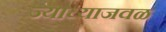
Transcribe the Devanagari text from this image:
ज्याच्याजवळ